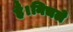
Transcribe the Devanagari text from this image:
है।निचले